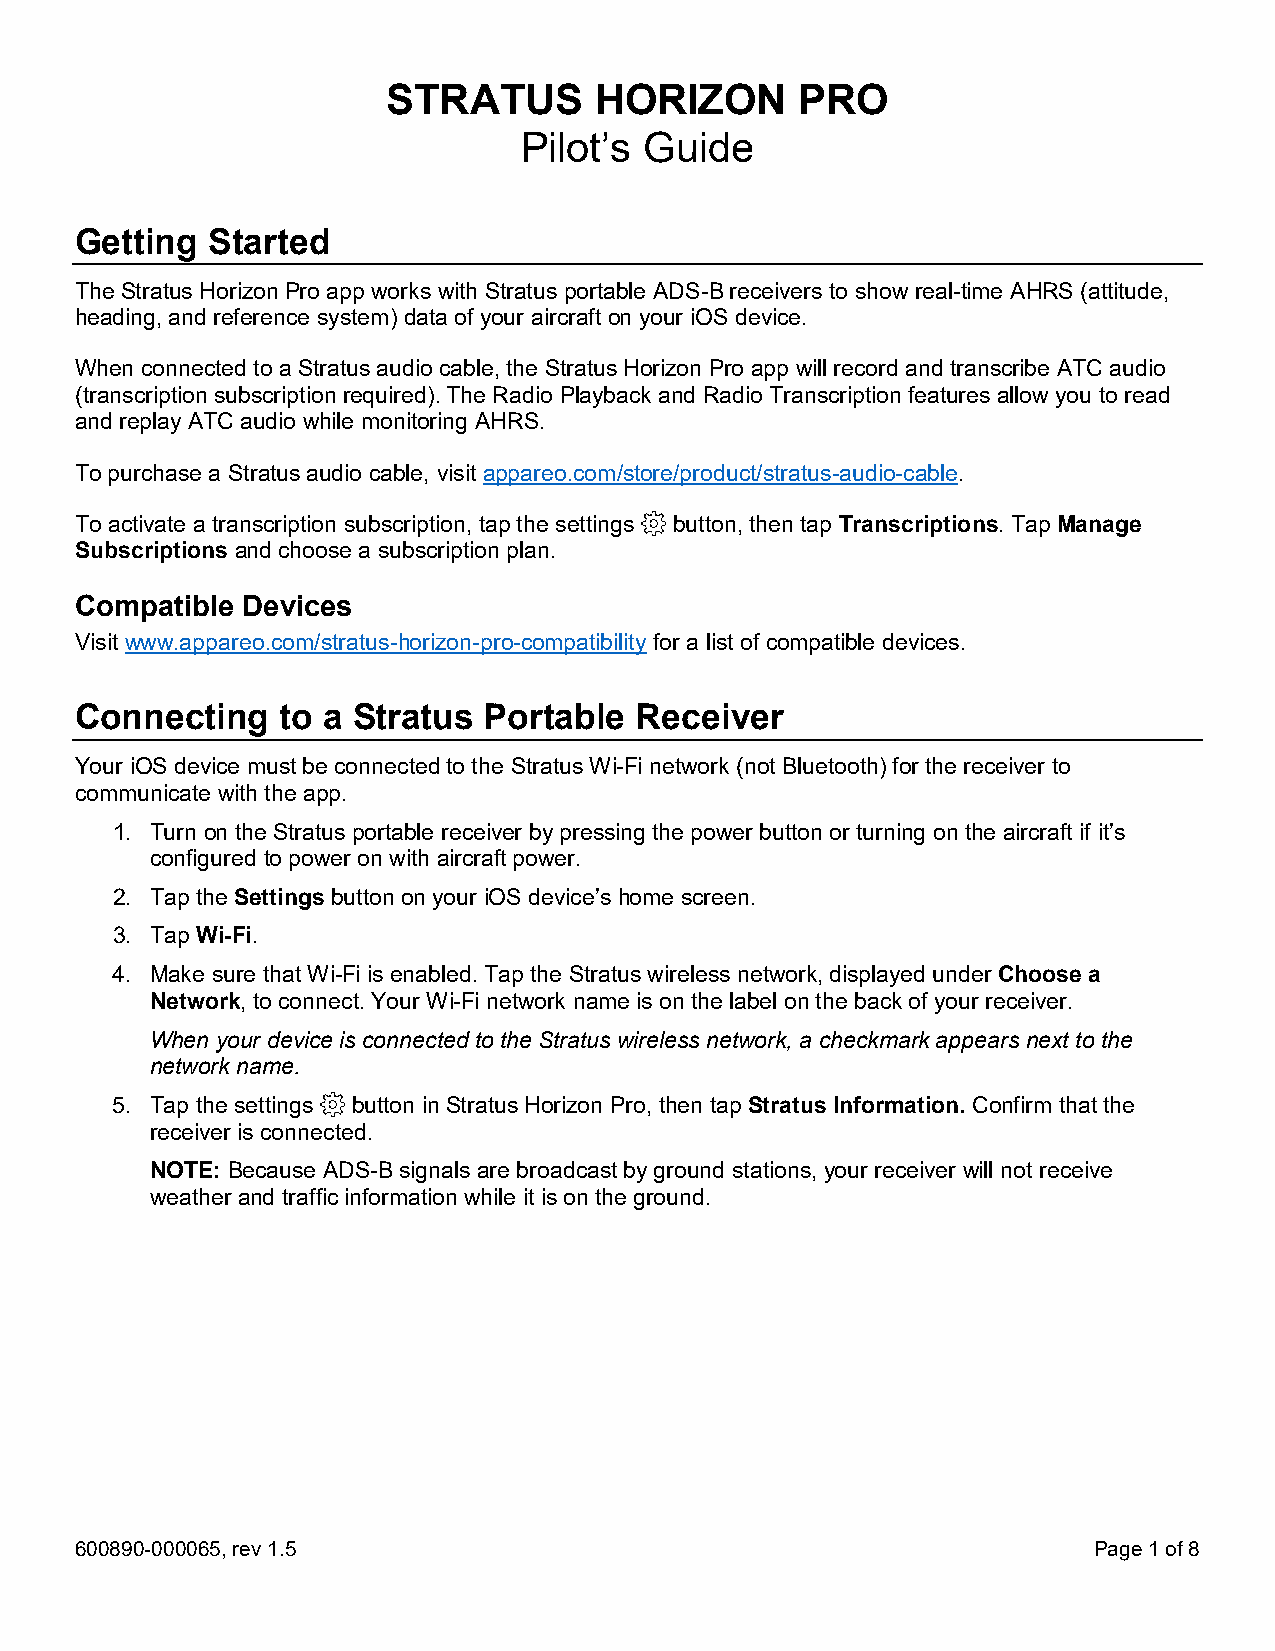
STRATUS      HORIZON       PRO
 Pilot’s  Guide
 Getting  Started
 The Stratus Horizon Pro app works with Stratus portable ADS-B receivers to show real-time AHRS (attitude,
 heading, and reference system) data of your aircraft on your iOS device.
 When connected to a Stratus audio cable, the Stratus Horizon Pro app will record and transcribe ATC audio
 (transcription subscription required). The Radio Playback and Radio Transcription features allow you to read
 and replay ATC audio while monitoring AHRS.
 To purchase a Stratus audio cable, visit appareo.com/store/product/stratus-audio-cable.
 To activate a transcription subscription, tap the settings button, then tap Transcriptions. Tap Manage
 Subscriptions and choose a subscription plan.
 Compatible Devices
 Visit www.appareo.com/stratus-horizon-pro-compatibility for a list of compatible devices.
 Connecting    to a Stratus Portable  Receiver
 Your iOS device must be connected to the Stratus Wi-Fi network (not Bluetooth) for the receiver to
 communicate with the app.
 1. Turn on the Stratus portable receiver by pressing the power button or turning on the aircraft if it’s
 configured to power on with aircraft power.
 2. Tap the Settings button on your iOS device’s home screen.
 3. Tap Wi-Fi.
 4. Make sure that Wi-Fi is enabled. Tap the Stratus wireless network, displayed under Choose a
 Network, to connect. Your Wi-Fi network name is on the label on the back of your receiver.
 When your device is connected to the Stratus wireless network, a checkmark appears next to the
 network name.
 5. Tap the settings button in Stratus Horizon Pro, then tap Stratus Information. Confirm that the
 receiver is connected.
 NOTE: Because ADS-B signals are broadcast by ground stations, your receiver will not receive
 weather and traffic information while it is on the ground.
 600890-000065, rev 1.5                                             Page 1 of 8